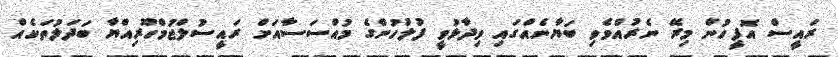
ރައީސް އޮފީހުން މިރޭ ނެރުއްވެވި ބަޔާނެއްގައި ވިދާޅުވީ ފުލުހުންގެ މުއްސަސާއަށް ރައީސުލްޖުމްހޫރިއްޔާ ބަދަލުތަކެއް